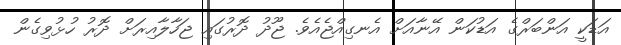
އަޑަކީ އަންބަރްގެ އަޑުކަން އޭނާއަށް އެނގިއްޖެއެވެ. ޖޫދު ދޮރުގައި ޖަހާލާއިރަށް ދޮރު ހުޅުވިގެން